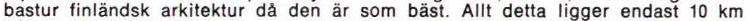
bastur finländsk arkitektur då den är som bäst. Altt detta ligger endast 10 km